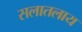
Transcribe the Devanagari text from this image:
सलातलाय